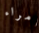
أمراء